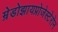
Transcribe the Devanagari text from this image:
म्रेडोझायप्रोजेस्टेरोन